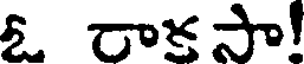
ఓ రాకసా!